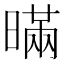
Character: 暪